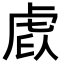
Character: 𧆩